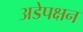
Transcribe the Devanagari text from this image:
अडेपक्षन